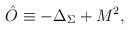
LaTeX: \begin{align*}\hat O\equiv -\Delta_{\Sigma}+M^2,\end{align*}